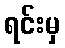
ရင်းမှ